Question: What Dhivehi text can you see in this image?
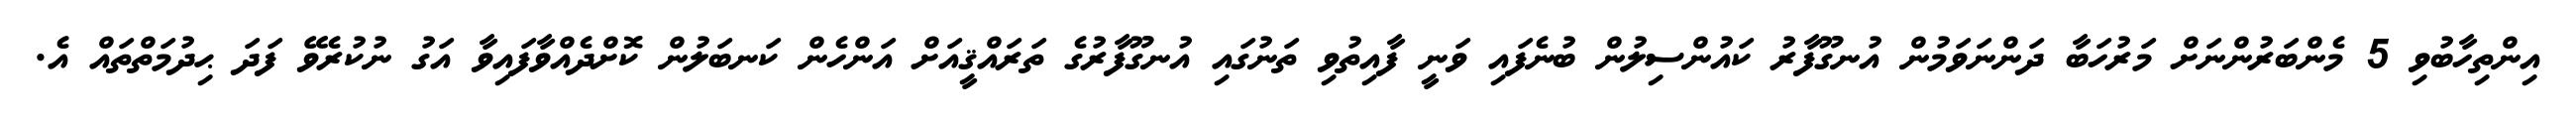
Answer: އިންތިހާބުވި 5 މެންބަރުންނަށް މަރުހަބާ ދަންނަވަމުން އުނގޫފާރު ކައުންސިލުން ބުނެފައި ވަނީ ފާއިތުވި ތަނުގައި އުނގޫފާރުގެ ތަރައްޤީއަށް އަންހެން ކަނބަލުން ކޮށްދެއްވާފައިވާ އަގު ނުކުރެވޭ ފަދަ ޙިދުމަތްތައް އެ.